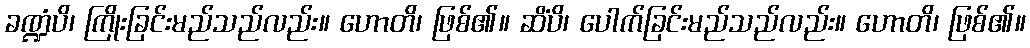
ခဏ္ဍံပိ၊ ကြိုးခြင်းမည်သည်လည်း။ ဟောတိ၊ ဖြစ်၏။ ဆိံပိ၊ ပေါက်ခြင်းမည်သည်လည်း။ ဟောတိ၊ ဖြစ်၏။